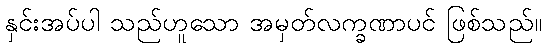
နှင်းအပ်ပါ သည်ဟူသော အမှတ်လက္ခဏာပင် ဖြစ်သည်။